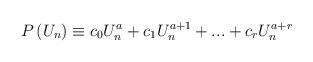
LaTeX: \begin{align*}P\left( U_n\right) \equiv c_0U_n^a+c_1U_n^{a+1}+...+c_rU_n^{a+r}\end{align*}